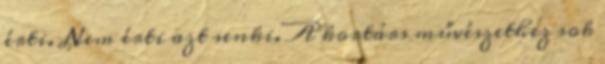
érti. Nem érti azt senki. A kortárs művészethez sok